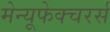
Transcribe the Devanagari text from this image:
मेन्यूफेक्चरर्स